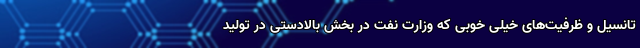
تانسیل و ظرفیت‌های خیلی خوبی که وزارت نفت در بخش بالادستی در تولید